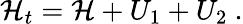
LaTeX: \mathcal{H}_{t}=\mathcal{H}+U_{1}+U_{2}\ .